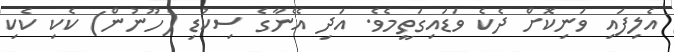
އެލިފައި ވަނިކޮށް ދެކެ ވަޑައިގަތީމެވެ. އަދި އޭނާގެ ސިކުޑި (ހޫނުން) ކެކި ކެކި